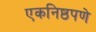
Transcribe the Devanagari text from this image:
एकनिष्ठपणे